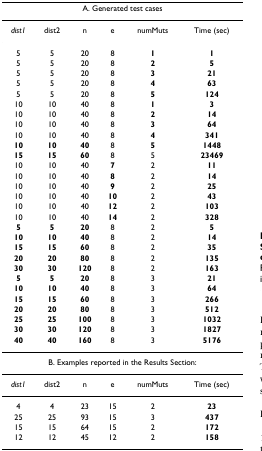
<table><thead><tr><td colspan="6"><b>A. Generated test cases</b></td></tr></thead><tbody><tr><td><i>dist1</i></td><td>dist2</td><td>n</td><td>e</td><td>numMuts</td><td>Time (sec)</td></tr><tr><td>5</td><td>5</td><td>20</td><td>8</td><td><b>1</b></td><td><b>1</b></td></tr><tr><td>5</td><td>5</td><td>20</td><td>8</td><td><b>2</b></td><td><b>5</b></td></tr><tr><td>5</td><td>5</td><td>20</td><td>8</td><td><b>3</b></td><td><b>21</b></td></tr><tr><td>5</td><td>5</td><td>20</td><td>8</td><td><b>4</b></td><td><b>63</b></td></tr><tr><td>5</td><td>5</td><td>20</td><td>8</td><td><b>5</b></td><td><b>124</b></td></tr><tr><td>10</td><td>10</td><td>40</td><td>8</td><td><b>1</b></td><td><b>3</b></td></tr><tr><td>10</td><td>10</td><td>40</td><td>8</td><td><b>2</b></td><td><b>14</b></td></tr><tr><td>10</td><td>10</td><td>40</td><td>8</td><td><b>3</b></td><td><b>64</b></td></tr><tr><td>10</td><td>10</td><td>40</td><td>8</td><td><b>4</b></td><td><b>341</b></td></tr><tr><td><b>10</b></td><td><b>10</b></td><td><b>40</b></td><td>8</td><td><b>5</b></td><td><b>1448</b></td></tr><tr><td><b>15</b></td><td><b>15</b></td><td><b>60</b></td><td>8</td><td>5</td><td><b>23469</b></td></tr><tr><td>10</td><td>10</td><td>40</td><td><b>7</b></td><td>2</td><td><b>11</b></td></tr><tr><td>10</td><td>10</td><td>40</td><td><b>8</b></td><td>2</td><td><b>14</b></td></tr><tr><td>10</td><td>10</td><td>40</td><td><b>9</b></td><td>2</td><td><b>25</b></td></tr><tr><td>10</td><td>10</td><td>40</td><td><b>10</b></td><td>2</td><td><b>43</b></td></tr><tr><td>10</td><td>10</td><td>40</td><td><b>12</b></td><td>2</td><td><b>103</b></td></tr><tr><td>10</td><td>10</td><td>40</td><td><b>14</b></td><td>2</td><td><b>328</b></td></tr><tr><td><b>5</b></td><td><b>5</b></td><td><b>20</b></td><td>8</td><td>2</td><td><b>5</b></td></tr><tr><td><b>10</b></td><td><b>10</b></td><td><b>40</b></td><td>8</td><td>2</td><td><b>14</b></td></tr><tr><td><b>15</b></td><td><b>15</b></td><td><b>60</b></td><td>8</td><td>2</td><td><b>35</b></td></tr><tr><td><b>20</b></td><td><b>20</b></td><td><b>80</b></td><td>8</td><td>2</td><td><b>135</b></td></tr><tr><td><b>30</b></td><td><b>30</b></td><td><b>120</b></td><td>8</td><td>2</td><td><b>163</b></td></tr><tr><td><b>5</b></td><td><b>5</b></td><td><b>20</b></td><td>8</td><td>3</td><td><b>21</b></td></tr><tr><td><b>10</b></td><td><b>10</b></td><td><b>40</b></td><td>8</td><td>3</td><td><b>64</b></td></tr><tr><td><b>15</b></td><td><b>15</b></td><td><b>60</b></td><td>8</td><td>3</td><td><b>266</b></td></tr><tr><td><b>20</b></td><td><b>20</b></td><td><b>80</b></td><td>8</td><td>3</td><td><b>512</b></td></tr><tr><td><b>25</b></td><td><b>25</b></td><td><b>100</b></td><td>8</td><td>3</td><td><b>1032</b></td></tr><tr><td><b>30</b></td><td><b>30</b></td><td><b>120</b></td><td>8</td><td>3</td><td><b>1827</b></td></tr><tr><td><b>40</b></td><td><b>40</b></td><td><b>160</b></td><td>8</td><td>3</td><td><b>5176</b></td></tr><tr><td colspan="6">B. Examples reported in the Results Section:</td></tr><tr><td><i>dist1</i></td><td>dist2</td><td>n</td><td>e</td><td>numMuts</td><td>Time (sec)</td></tr><tr><td>4</td><td>4</td><td>23</td><td>15</td><td>2</td><td><b>23</b></td></tr><tr><td>25</td><td>25</td><td>93</td><td>15</td><td>3</td><td><b>437</b></td></tr><tr><td>15</td><td>15</td><td>64</td><td>15</td><td>2</td><td><b>172</b></td></tr><tr><td>12</td><td>12</td><td>45</td><td>12</td><td>2</td><td><b>158</b></td></tr></tbody></table>